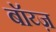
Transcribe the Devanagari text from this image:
बॉय्ज़